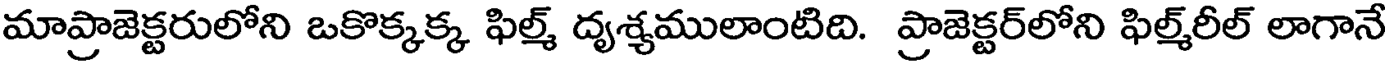
మాప్రాజెక్టరులోని ఒకొక్కక్క ఫిల్మ్ దృశ్యములాంటిది. ప్రాజెక్టర్లోని ఫిల్మ్రీల్ లాగానే